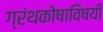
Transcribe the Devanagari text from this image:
ग्रंथकोषाविषयी